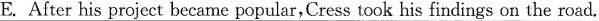
E. After his project became popular,Cress took his findings on the road.